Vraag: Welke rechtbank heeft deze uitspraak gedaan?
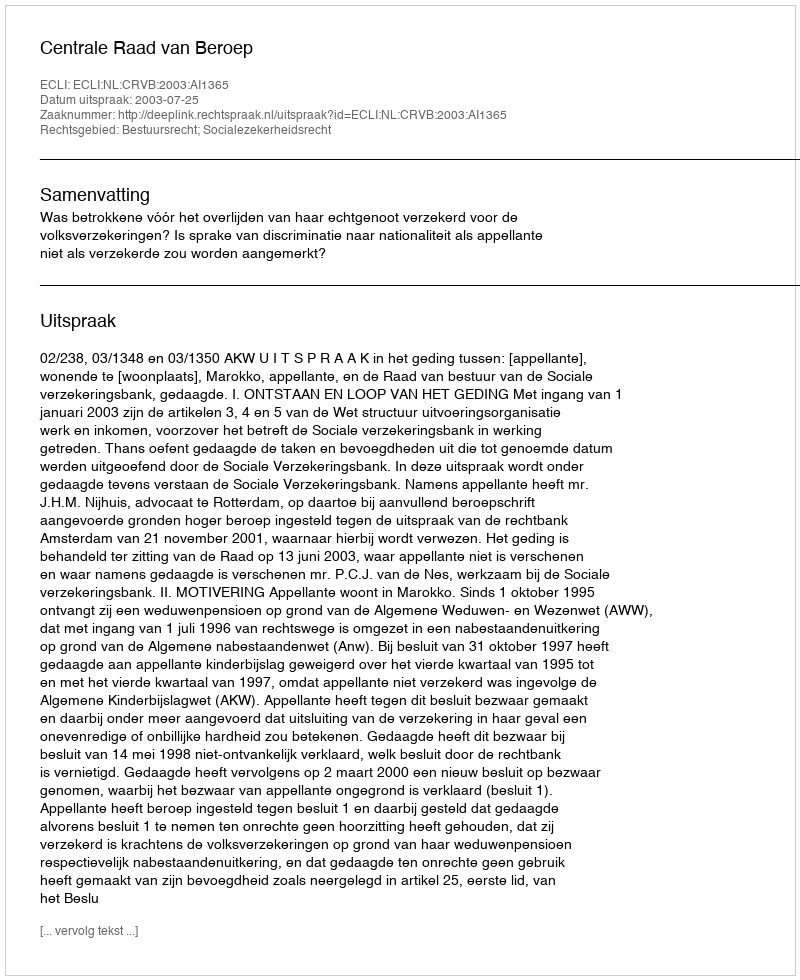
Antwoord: Centrale Raad van Beroep